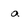
Character: a